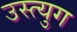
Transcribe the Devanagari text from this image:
उस्त्युग